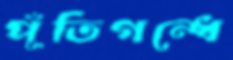
পূঁতিগন্ধে